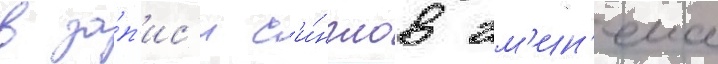
в за́п'ис'и с'и́нглов эм'ин'ема